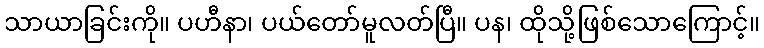
သာယာခြင်းကို။ ပဟီနာ၊ ပယ်တော်မူလတ်ပြီ။ ပန၊ ထိုသို့ဖြစ်သောကြောင့်။